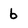
Character: 6